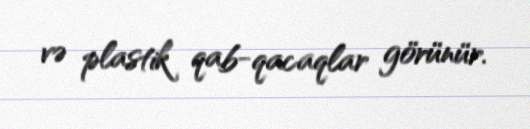
və plastik qab-qacaqlar görünür.